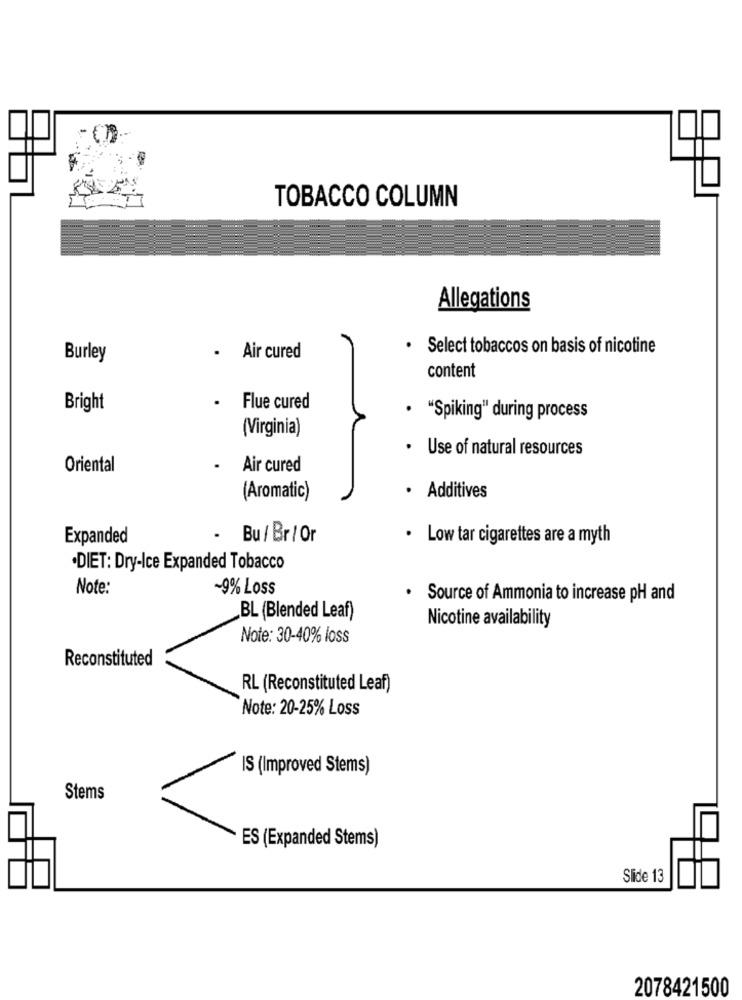
TOBACCO COLUMN
Allegations
· Select tobaccos on basis of nicotine
Burley
· Air cured
content
Bright
.
Flue cured
. "Spiking" during process
(Virginia)
· Use of natural resources
Oriental
.
Air cured
(Aromatic)
· Additives
Expanded
Bu / Br / Or
· Low tar cigarettes are a myth
·DIET: Dry-Ice Expanded Tobacco
Note:
-9% Loss
.
Source of Ammonia to increase pH and
BL (Blended Leaf)
Nicotine availability
Note: 30-40% loss
Reconstituted
RL (Reconstituted Leaf)
Note: 20-25% Loss
IS (Improved Stems)
Stems
ES (Expanded Stems)
Slide 13
2078421500